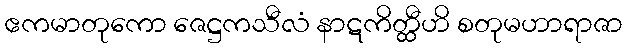
ဧကမာတုကော ဇေဋ္ဌကသီလံ နာဋကိတ္ထီဟိ စတုမဟာရာဇာ